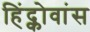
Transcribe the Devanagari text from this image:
हिंद्कोवांस